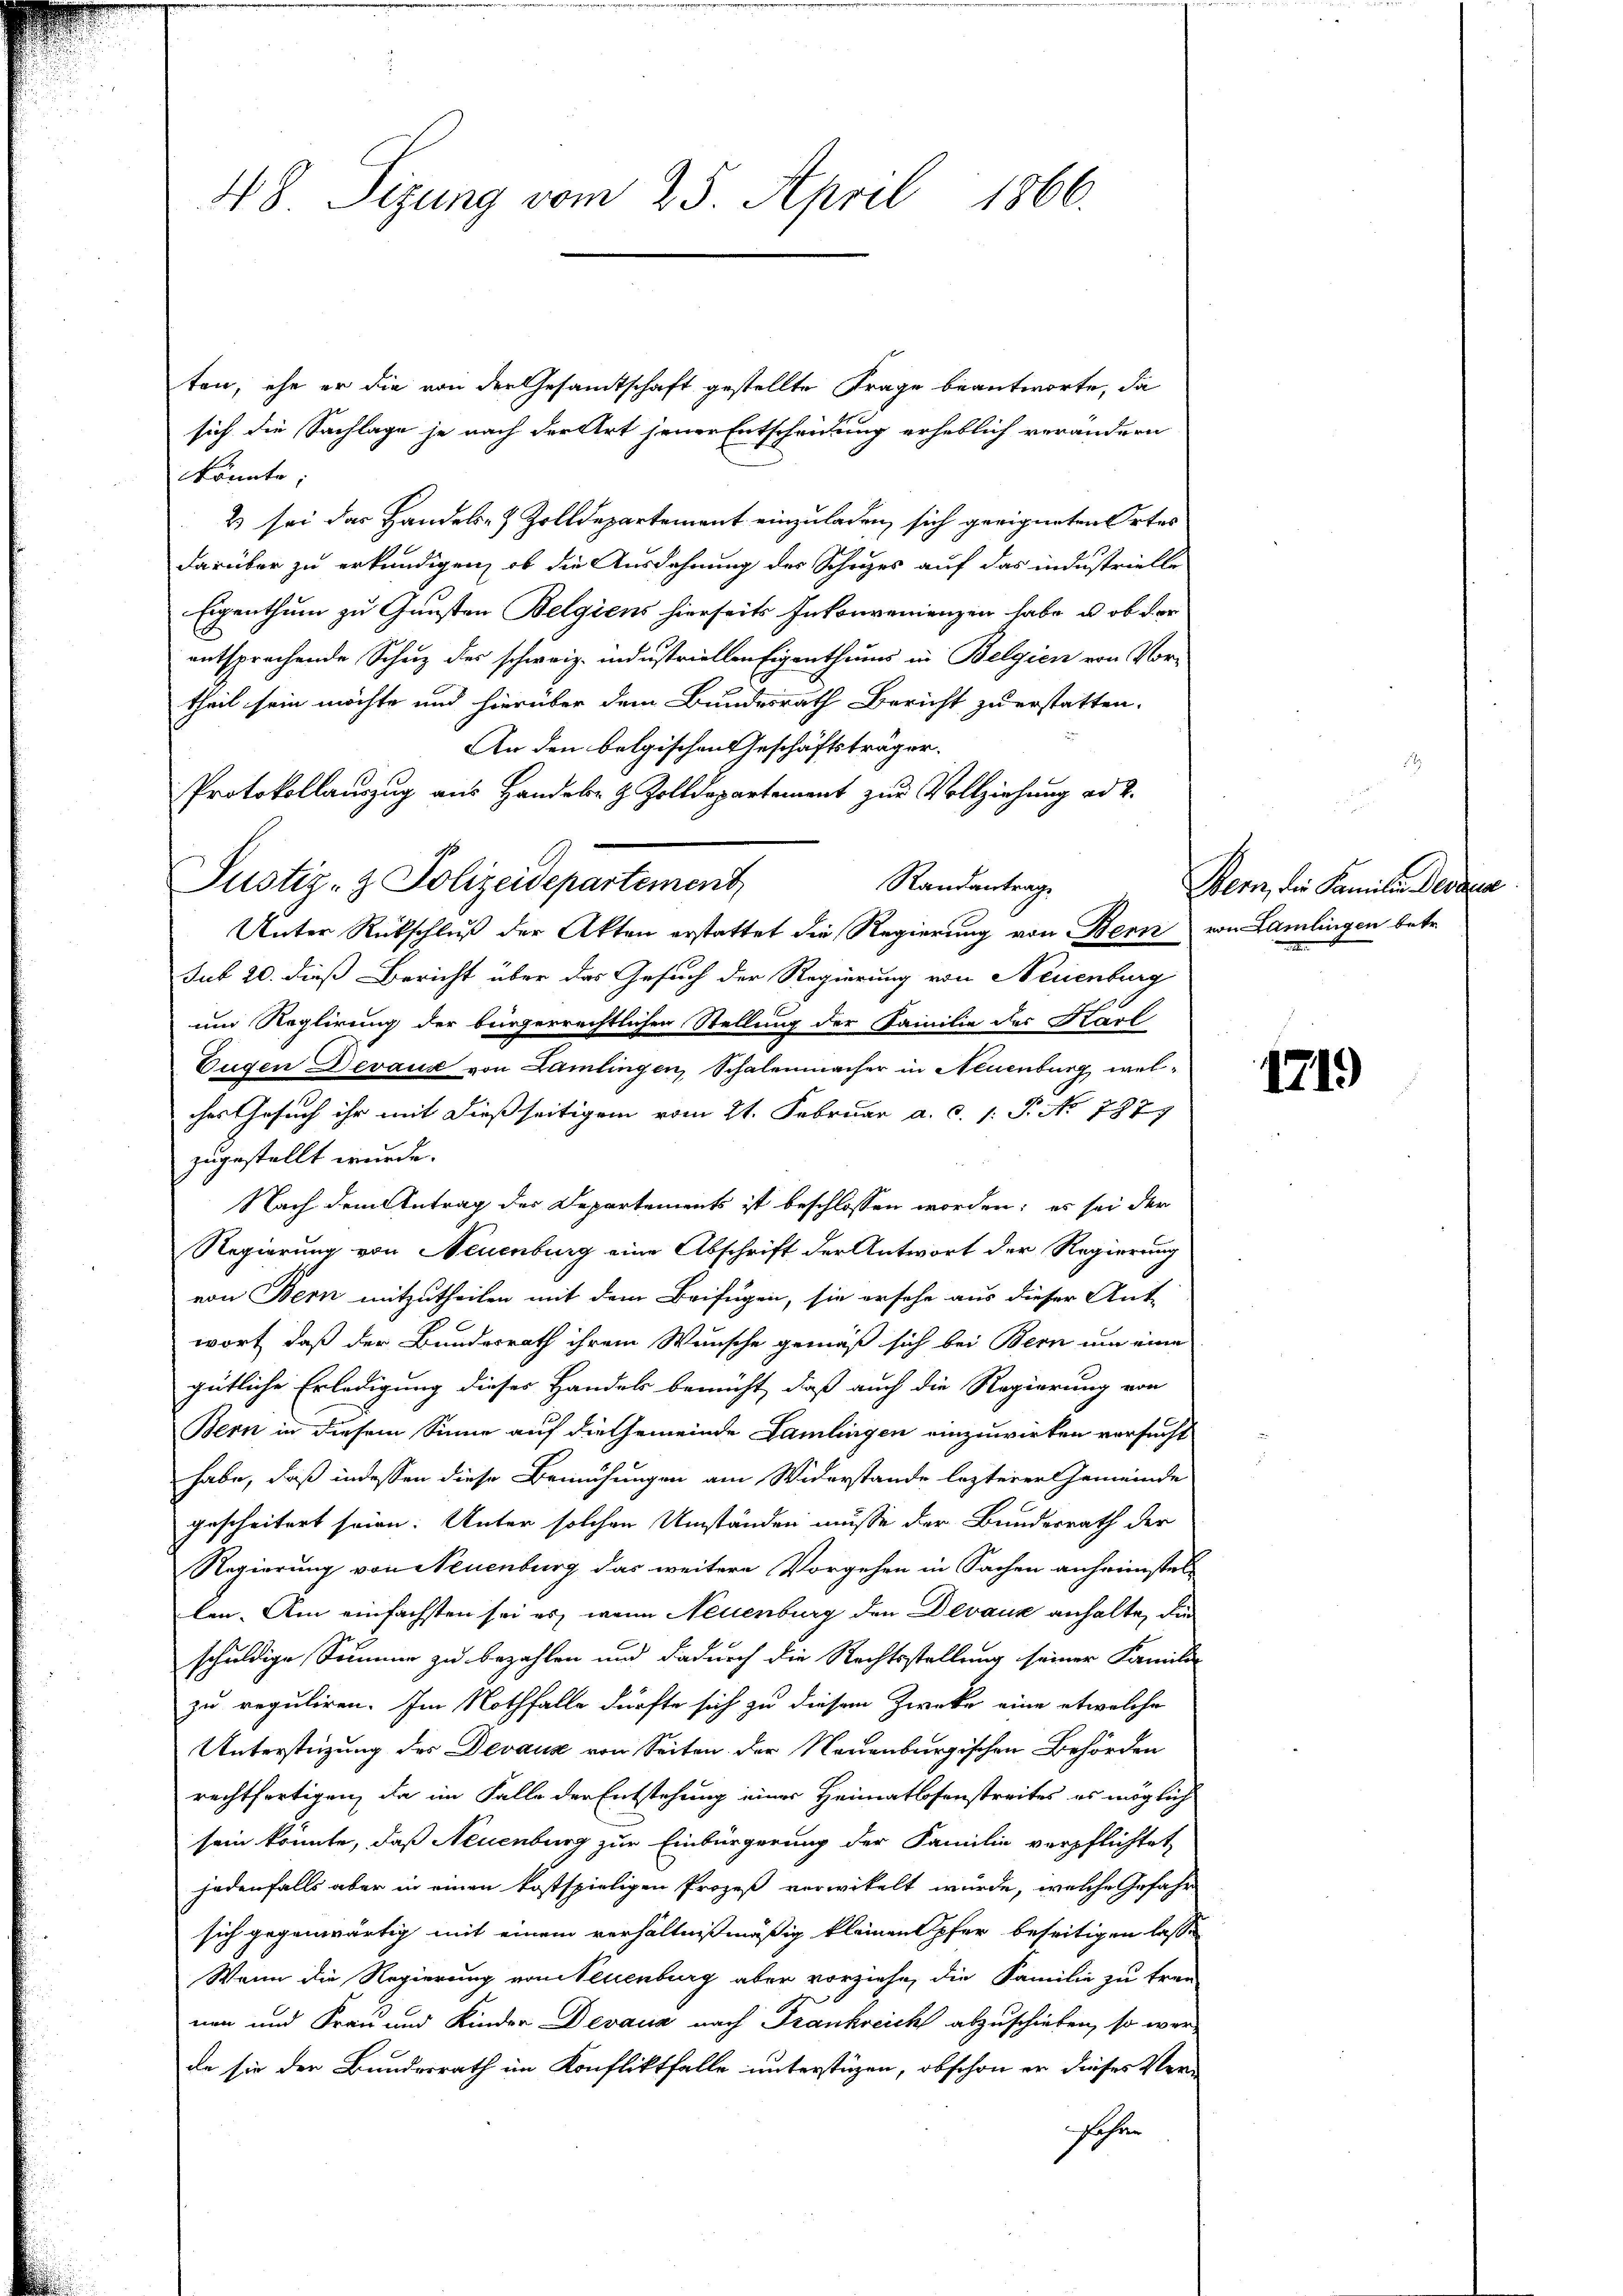
48 Sizung vom 25. April 1866.

ten, ehe er die von der Gesandtschaft gestellte Frage beantworte, da
sich die Sachlage je nach der Art jener Entscheidung erheblich verändern
könnte,
2 sei das Handels- & Zolldepartement einzuladen, sich geeigneten Ortes
darüber zu erkundigen, ob die Ausdehnung des Schutzes auf das industrielle
Eigenthum zu Gunsten Belgiens hierseits Inkonvenienzen habe u. ob der
entsprechende Schuz des schweiz. industriellen Eigenthums in Belgien von Vortheil sein möchte und hierüber dem Bundesrath Bericht zu erstatten.
An den belgischen Geschäftsträger.
Protokollauszug aus Handele & Zolldepartement zur Vollziehung ad 2.
Randantrag
Unter Rückschluß der Akten erstattet die Regierung von Bern von Lamlingen betr.
sub 20. dieß Bericht über das Gesuch der Regierung von Neuenburg
um Reglirung der bürgerrechtlichen Stellung der Familie des Karl
Eugen Devaux von Lamlingen, Schalenmacher in Neuenburg, welches Gesuch ihr mit dießseitigem vom 21. Februar a. c. 1: P. No 7877
zugestellt wurde.
Nach dem Antrag der Departements ist beschlossen worden; es sei der
Regierung von Neuenburg eine Abschrift der Antwort der Regierung
von Bern mitzutheilen mit dem Beifügen, sie ersehe aus dieser Ant-
wort, daß der Bundesrath ihrem Wunsche gemäß sich bei Bern um eine
gütliche Erledigung dieser Handels bemüht, daß auch die Regierung von
Bern in diesem Sinne auf die Gemeinde Lamlingen einzuwirken versucht
habe, daß indessen diese Bemühungen am Widerstande lezterer Gemeinde
gescheitert seien: Unter solchen Umständen müsse der Bundesrath der
Regierung von Neuenburg das weitere Vorgehen in Sachen anheimstel-
len. Am einfachsten sei es, wenn Neuenburg den Devanz anhalte, die
schuldige Summe zu bezahlen und dadurch die Rechtsstellung seiner Familie
zu reguliren. Im Nothfalle dürfte sich zu diesem Zwecke eine etwalche
Unterstüzung des Devaux von Seiten der Neuenburgischen Behörden
rechtfertigen, da im Falle der Entstehung einer Heimatlosenstreites es möglich
sein könnte, daß Neuenburg zur Einbürgerung der Familie verpflichtet,
jedenfalls aber in einen kostspieligen Prozeß verwikelt wurde, welche Gefahr
sich gegenwärtig mit einem verhältnißmäßig kleinen Opfer beseitigen lasse
Wann die Regierung von Neuenburg aber vorziehe, die Familie zu treu-
nen und Frau und Kinder Devaux nach Frankreich abzuschieben, so werde sie der Bundesrath im Konfliktfalle unterstüzen, obschon er dieses Ver-
fahren

Justiz- & Polizeidepartement

Bern, die Familien des da

1719